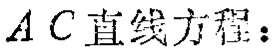
\(AC直线方程：\)